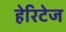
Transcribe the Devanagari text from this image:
हेरिटेज